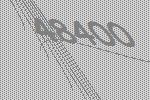
48400